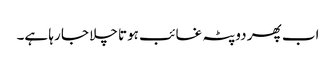
اب پھر دوپٹہ غائب ہوتا چلا جا رہا ہے۔